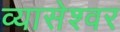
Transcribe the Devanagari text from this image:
व्यासेश्वर